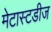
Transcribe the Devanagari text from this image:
मेटास्टडीज